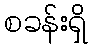
စခန်းရှိ